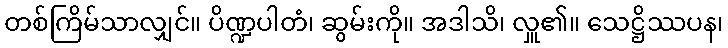
တစ်ကြိမ်သာလျှင်။ ပိဏ္ဍပါတံ၊ ဆွမ်းကို။ အဒါသိ၊ လှူ၏။ သေဋ္ဌိဿပန၊